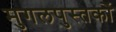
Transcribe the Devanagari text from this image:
मुगलपुस्तकों